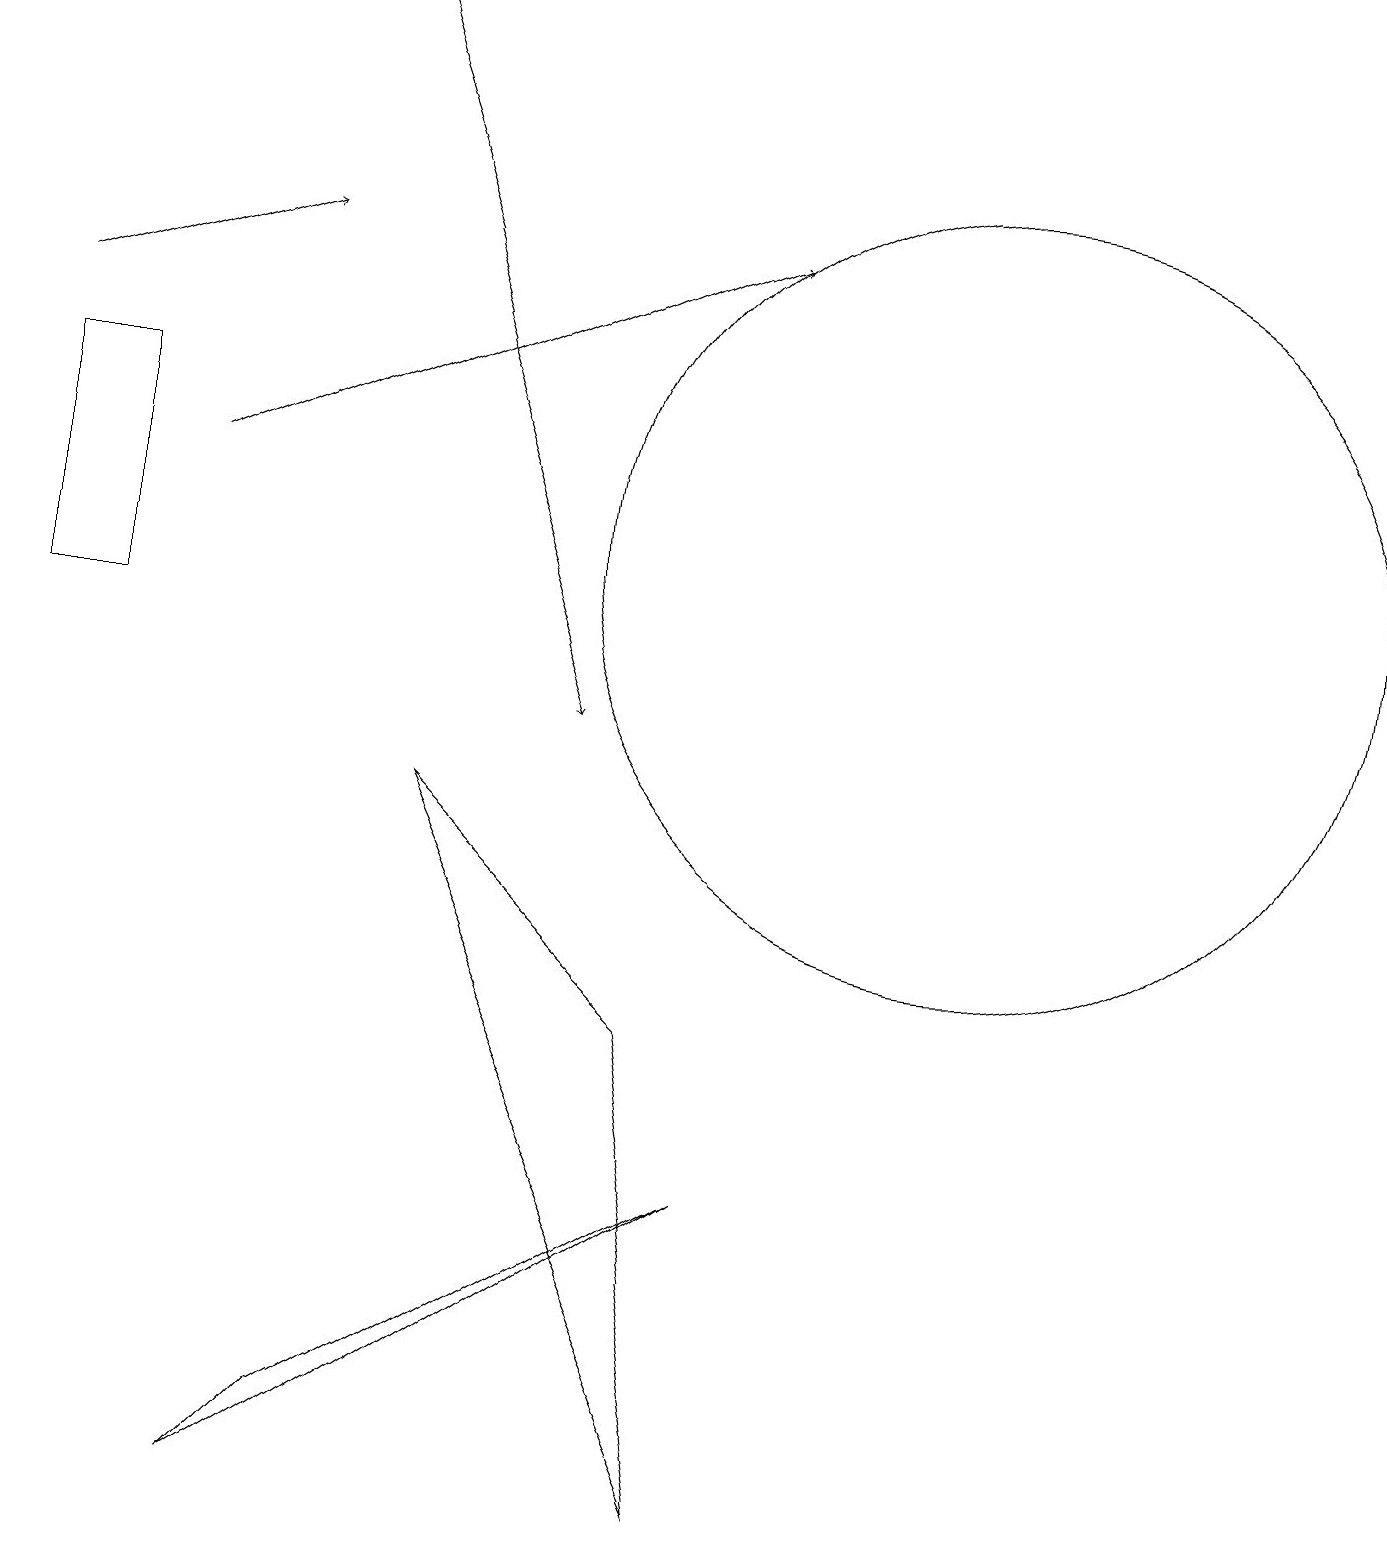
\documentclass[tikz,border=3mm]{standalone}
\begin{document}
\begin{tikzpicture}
\draw (12,12) circle (5);
\draw (5,9) -- (9,0) -- (8,6) -- cycle;
\draw (9,4) -- (3,0) -- (4,1) -- cycle;
\draw[->] (4,19) -- (7,10);
\draw[->] (2,13) -- (9,16);
\draw (0,11) rectangle (1,14);
\draw[->] (0,15) -- (3,16);
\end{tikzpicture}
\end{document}